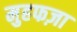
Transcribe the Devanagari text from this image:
मुहफज़ा